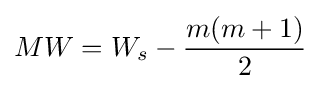
MW=W_{s}-{\frac {m(m+1)}{2}}